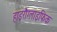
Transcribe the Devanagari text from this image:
हाइरौग्लाइफिक